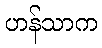
ဟန်သာက